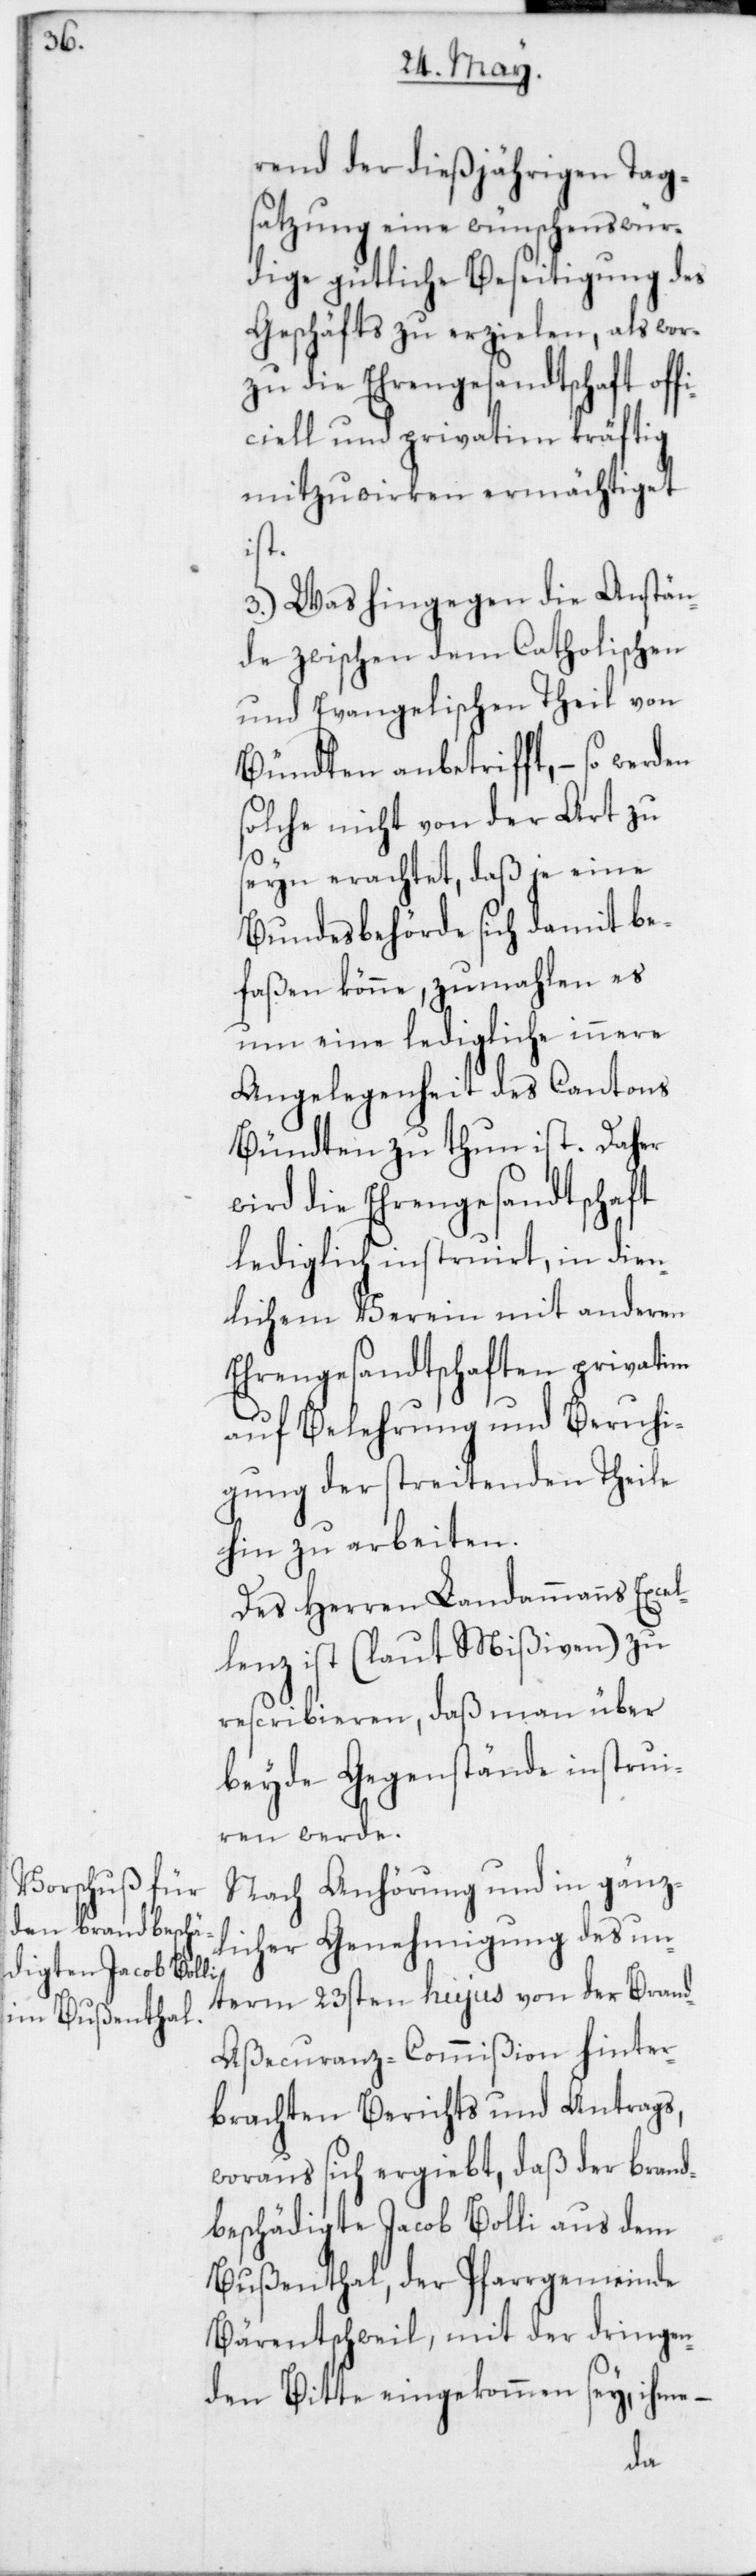
rend der dießjährigen Tag¬
satzung eine wünschenswür¬
dige gütliche Beseitigung des
Geschäfts zu erzielen, als wor¬
zu die Ehrengesandtschaft off¬
iciell und privatim kräftig
mitzuwirken ermächtiget
ist.
3. Was hingegen die Anstän¬
de zwischen dem Catholischen
und Evangelischen Theil von
Bündten anbetrifft, – so werden
solche nicht von der Art zu
seyn erachtet, daß je eine
Bundesbehörde sich damit be¬
faßen könne, zumahlen es
um eine ledigliche innere
Angelegenheit des Cantons
Bündten zu thun ist. Daher
wird die Ehrengesandtschaft
lediglich instruirt, in dien¬
lichem Verein mit anderen
Ehrengesandtschaften privatim
auf Belehrung und Beruhi¬
gung der streitenden Theile
hin zu arbeiten.
Des Herren Landammanns Excel¬
lenz ist (laut Mißiven) zu
rescribieren, daß man über
beyde Gegenstände instrui¬
ren werde.
Nach Anhörung und in gänz¬
licher Genehmigung des un¬
term 23sten hujus von der Bran¬
d-Aßecuranz-Commißion hinter¬
brachte Berichts und Antrags,
woraus sich ergiebt, daß der brand¬
beschädigte Jacob Bolli aus dem
Bußenthal der Pfarrgemeinde
Bärentschweil, mit der dringen¬
den Bitte eingekommen sey, ihme –